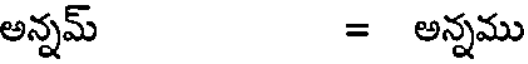
అన్నమ్ = అన్నము